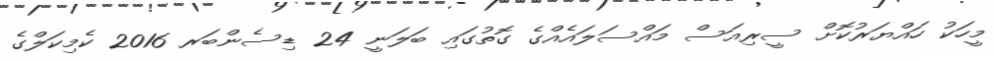
މީހަކު ހައްޔަރުކޮށް ސީރިއަސް މައްސަލައެއްގެ ގޮތުގައި ބަލަނީ 24 ޑިސެންބަރ 2016 ކެމިކަލްގެ